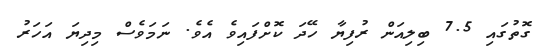
ގޮތުގައި 7.5 ބިލިއަން ރުފިޔާ ހޭދަ ކޮށްފައިވެ އެވެ. ނަމަވެސް މިދިޔަ އަހަރު